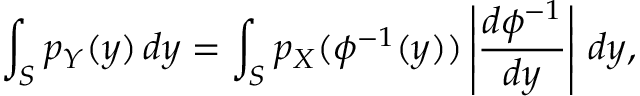
\int _ { S } p _ { Y } ( y ) \, d y = \int _ { S } p _ { X } ( \phi ^ { - 1 } ( y ) ) \left| { \frac { d \phi ^ { - 1 } } { d y } } \right| \, d y ,